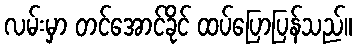
လမ်းမှာ တင်အောင်ခိုင် ထပ်ပြောပြန်သည်။